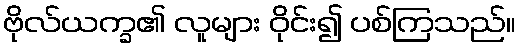
ဗိုလ်ယက္ခ၏ လူများ ဝိုင်း၍ ပစ်ကြသည်။